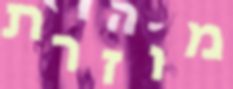
מוזרת